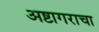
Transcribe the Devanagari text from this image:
अष्टागराचा